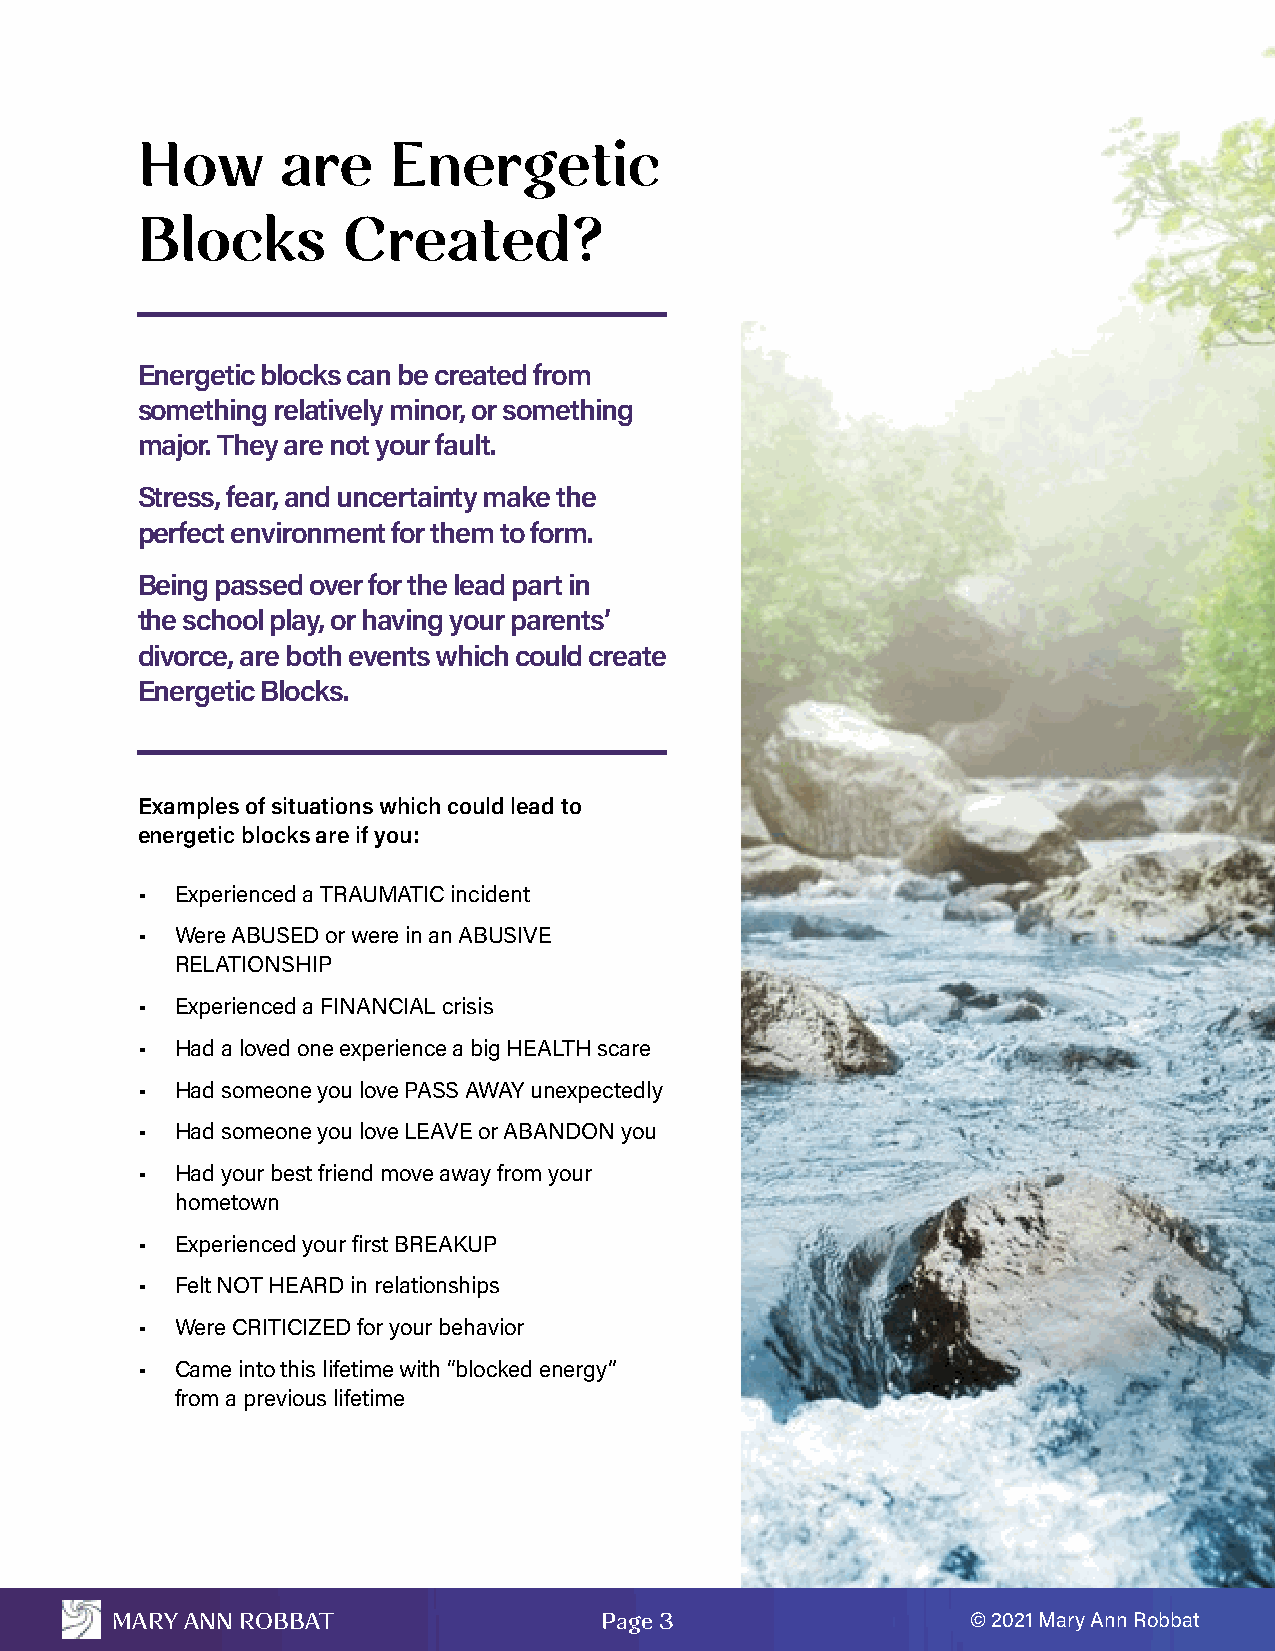
How       are    Energetic
 Blocks        Created?
 Energetic blocks can be created from
 something relatively minor, or something
 major. They are not your fault.
 Stress, fear, and uncertainty make the
 perfect environment for them to form.
 Being passed over for the lead part in
 the school play, or having your parents’
 divorce, are both events which could create
 Energetic Blocks.
 Examples of situations which could lead to
 energetic blocks are if you:
 •  Experienced a TRAUMATIC incident
 •  Were ABUSED or were in an ABUSIVE
 RELATIONSHIP
 •  Experienced a FINANCIAL crisis
 •  Had a loved one experience a big HEALTH scare
 •  Had someone you love PASS AWAY unexpectedly
 •  Had someone you love LEAVE or ABANDON you
 •  Had your best friend move away from your
 hometown
 •  Experienced your first BREAKUP
 •  Felt NOT HEARD in relationships
 •  Were CRITICIZED for your behavior
 •  Came into this lifetime with “blocked energy”
 from a previous lifetime
 MARY ANN ROBBAT                  Page 3                  © 2021 Mary Ann Robbat